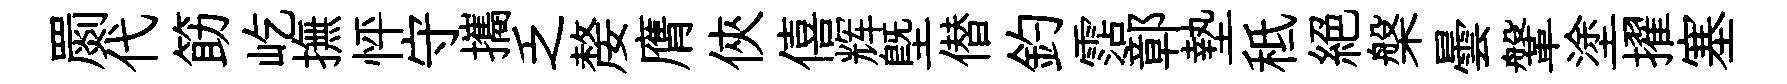
罽代筯屹撫怦守攜乏嫠膺俠僖辉塈僣釣霑鄣墊秪絕槃曇鞶塗擢塞